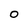
Character: O